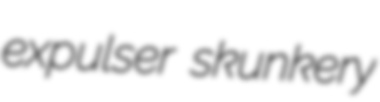
expulser skunkery